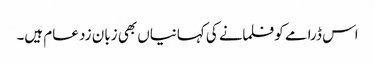
اس ڈرامے کو فلمانے کی کہانیاں بھی زبان زد عام ہیں۔